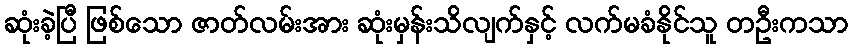
ဆုံးခဲ့ပြီ ဖြစ်သော ဇာတ်လမ်းအား ဆုံးမှန်းသိလျက်နှင့် လက်မခံနိုင်သူ တဦးကသာ